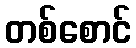
တစ်စောင်